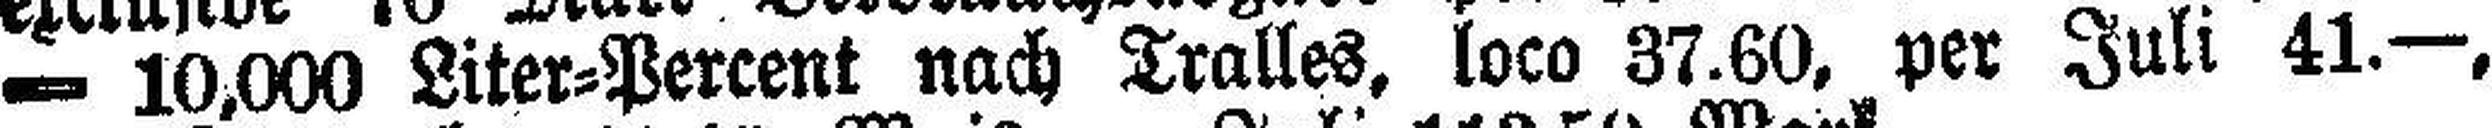
═ 10,000 Liter=Percent nach Tralles, loco 37.60, per Juli 41.—,